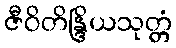
ဇီဝိတိန္ဒြိယသုတ္တံ